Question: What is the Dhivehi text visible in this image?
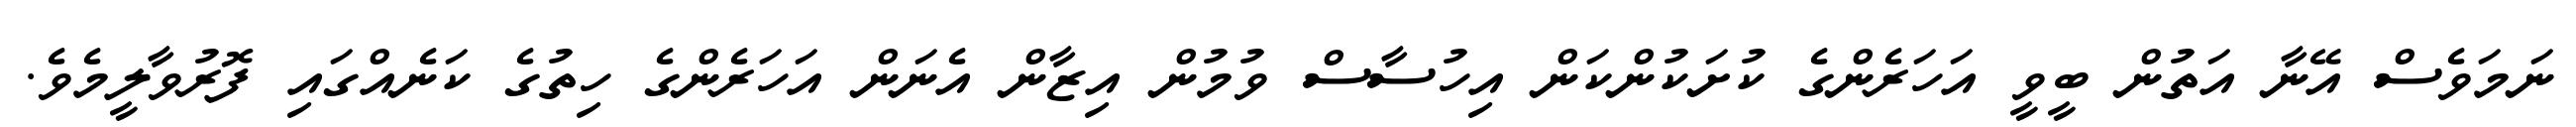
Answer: ނަމަވެސް އޭނާ އަތުން ބީވީ އަހަރެންގެ ކުށަކުންކަން އިހުސާސް ވުމުން އިޒާން އެނަން އަހަރެންގެ ހިތުގެ ކަނެއްގައި ފޮރުވާލީމެވެ.